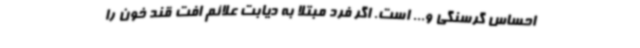
احساس گرسنگی و... است. اگر فرد مبتلا به دیابت علائم افت قند خون را